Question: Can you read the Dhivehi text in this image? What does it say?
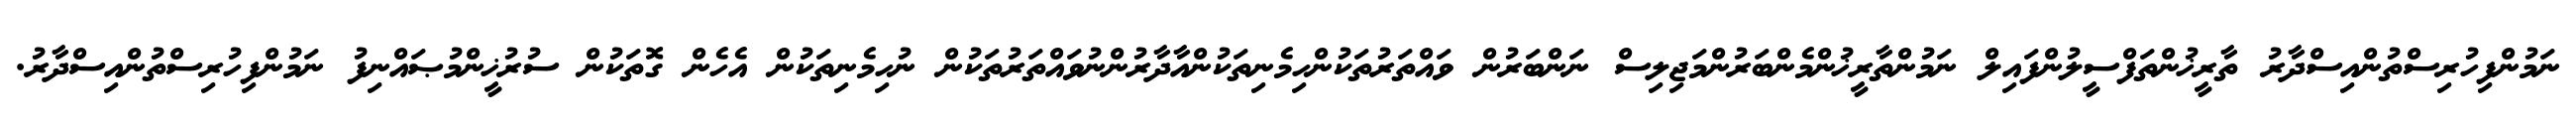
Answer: ނަމުންފިހުރިސްތުންއިސްދާރު ތާރީޚުންތަފްސީލުންފައިލް ނަމުންތާރީޚުންމެންބަރުންމަޖިލިސް ނަންބަރުން ވައްތަރުތަކުންހިމެނިތަކުންއާދާރުންނުވައްތަރުތަކުން ނުހިމެނިތަކުން އެހެން ގޮތަކުން ސުރުޚީންމުޞައްނިފު ނަމުންފިހުރިސްތުންއިސްދާރު.